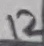
Text: 12